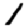
Digit: 1